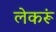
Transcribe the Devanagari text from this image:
लेकरूं